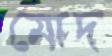
মোদ